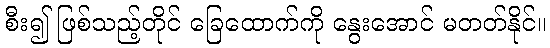
စီး၍ ဖြစ်သည့်တိုင် ခြေထောက်ကို နွေးအောင် မတတ်နိုင်။